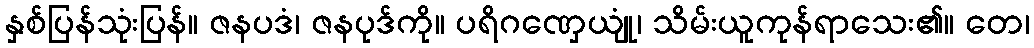
နှစ်ပြန်သုံးပြန်။ ဇနပဒံ၊ ဇနပုဒ်ကို။ ပရိဂဏှေယျုံ၊ သိမ်းယူကုန်ရာသေး၏။ တေ၊